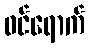
ဝင်ရောက်